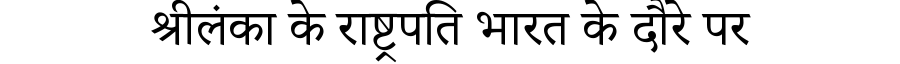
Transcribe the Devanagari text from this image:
श्रीलंका के राष्ट्रपति भारत के दौरे पर